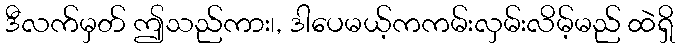
ဒီလက်မှတ် ဤသည်ကား၊, ဒါပေမယ့်ကကမ်းလှမ်းလိမ့်မည် ထဲရှိ